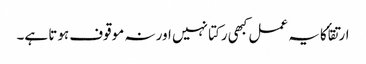
ارتقأ کا یہ عمل کبھی رکتا نہیں اور نہ موقوف ہوتا ہے۔